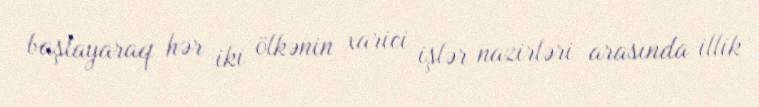
başlayaraq hər iki ölkənin xarici işlər nazirləri arasında illik